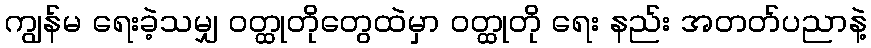
ကျွန်မ ရေးခဲ့သမျှ ဝတ္ထုတိုတွေထဲမှာ ဝတ္ထုတို ရေး နည်း အတတ်ပညာနဲ့